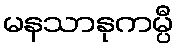
မနသာနုကမ္ပီ